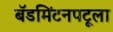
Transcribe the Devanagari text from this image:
बॅडमिंटनपटूला